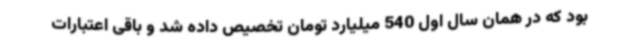
بود که در همان سال اول 540 میلیارد تومان تخصیص داده شد و باقی اعتبارات